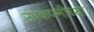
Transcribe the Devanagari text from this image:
उपकंपनीच्या